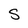
Character: S